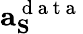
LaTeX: \mathbf{a}_{\mathbf{S}}^{\mathrm{~d~a~t~a~}}